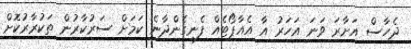
ދެހާސް އަށާރަ ވަނަ އަހަރު އާ އެއާޕޯޓެއް ފެނިގެންދާނެ ކަމަށް ސަރުކާރުން ތަކުރާރުކޮށް